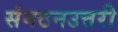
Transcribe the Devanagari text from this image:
संगठनउत्तरी